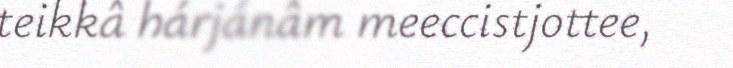
teikkâ hárjánâm meeccistjottee,